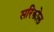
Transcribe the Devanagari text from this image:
सरिकोल